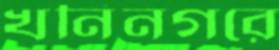
খনিনগরে